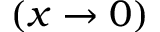
( x \to 0 )